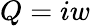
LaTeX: Q=iw